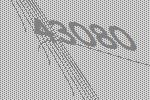
43080